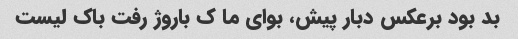
بد بود برعکس دبار پیش، بوای ما ک باروژ رفت باک لیست